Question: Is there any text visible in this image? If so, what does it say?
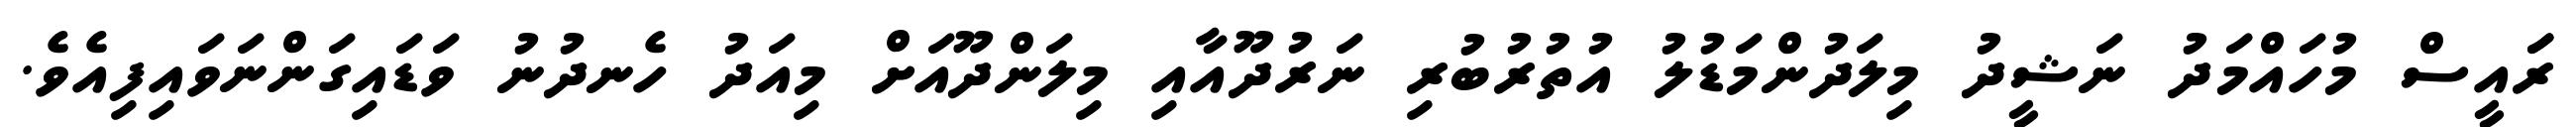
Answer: ރަައީސް މުހައްމަދު ނަޝީދު މިލަދުންމަޑުލު އުތުރުބުރި ނަރުދޫއާއި މިލަންދޫއަށް މިއަދު ހެނދުނު ވަޑައިގަންނަވައިފިއެވެ.